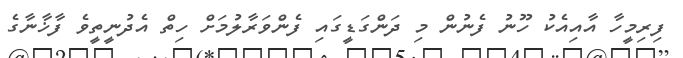
ފިރިމީހާ އާއިއެކު ހޫނު ފެނުން މި ދަންގަޑީގައި ފެންވަރާލުމަށް ހިތް އެދުނީތީވެ ފާޚާނާގެ